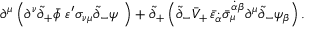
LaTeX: \partial ^ { \mu } \left( \partial ^ { \nu } \tilde { \partial } _ { + } \bar { \phi } \, \, \varepsilon ^ { \prime } \sigma _ { \nu \mu } \tilde { \partial } _ { - } \psi \, \, \right) + \tilde { \partial } _ { + } \left( \tilde { \partial } _ { - } \bar { V } _ { + } \, \bar { \varepsilon } _ { \dot { \alpha } } \bar { \sigma } _ { \mu } ^ { \dot { \alpha } \beta } \partial ^ { \mu } \tilde { \partial } _ { - } \psi _ { \beta } \right) .